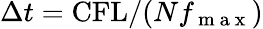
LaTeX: {\Delta}t=\mathrm{CFL}/(Nf_{\mathrm{~m~a~x~}})